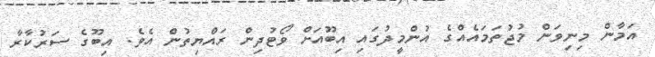
އަމާން މިނިވަން މުޖުތަމައެއްގެ އުންމީދުގައި އިބޫއަށް ވޯޓުދިން ރައްޔިތުން އެވެ. އިބޫގެ ސަރުކާރާ